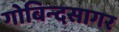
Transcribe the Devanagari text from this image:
गोबिन्‍दसागर